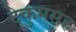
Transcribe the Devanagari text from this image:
टेकुमसह